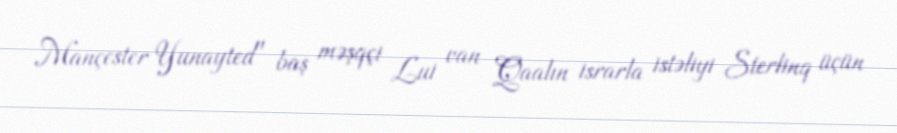
Mançester Yunayted" baş məşqçi Lui van Qaalın israrla istəliyi Sterlinq üçün